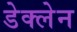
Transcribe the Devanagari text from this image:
डेक्लेन